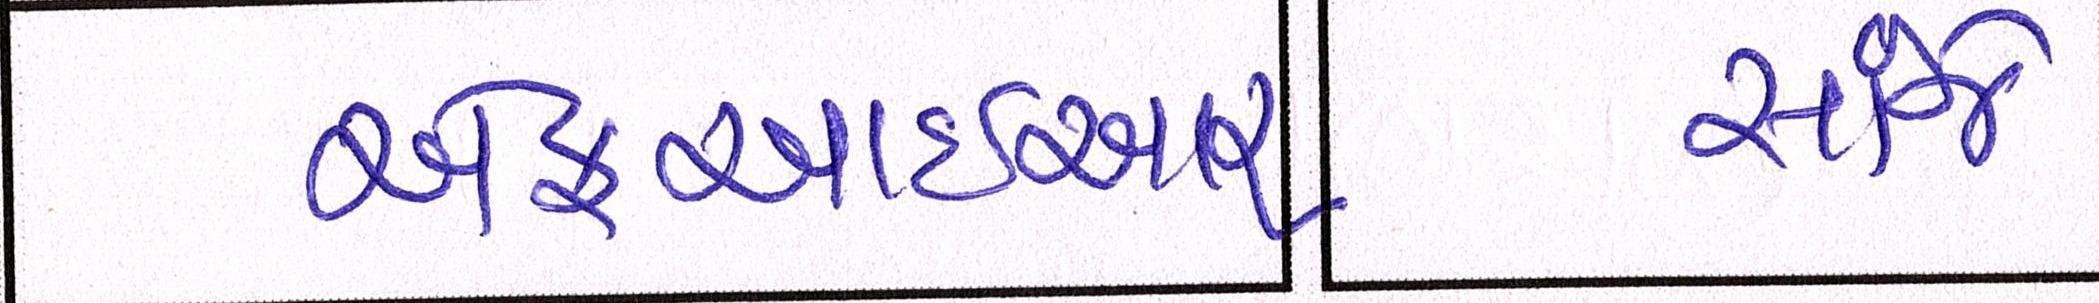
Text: સાંજે